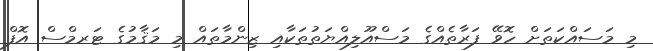
މި މަސައްކަތަށް ހޮވޭ ފަރާތެއްގެ މަސްއޫލިއްޔަތުތަކާއި ޒިންމާތައް މި މަޤާމުގެ ޓަރމްސް އޮފް